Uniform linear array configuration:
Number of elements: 8
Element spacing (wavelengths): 0.75
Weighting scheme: binomial
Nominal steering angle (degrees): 45
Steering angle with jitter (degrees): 46.24
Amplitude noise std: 0.05
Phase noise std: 0.05

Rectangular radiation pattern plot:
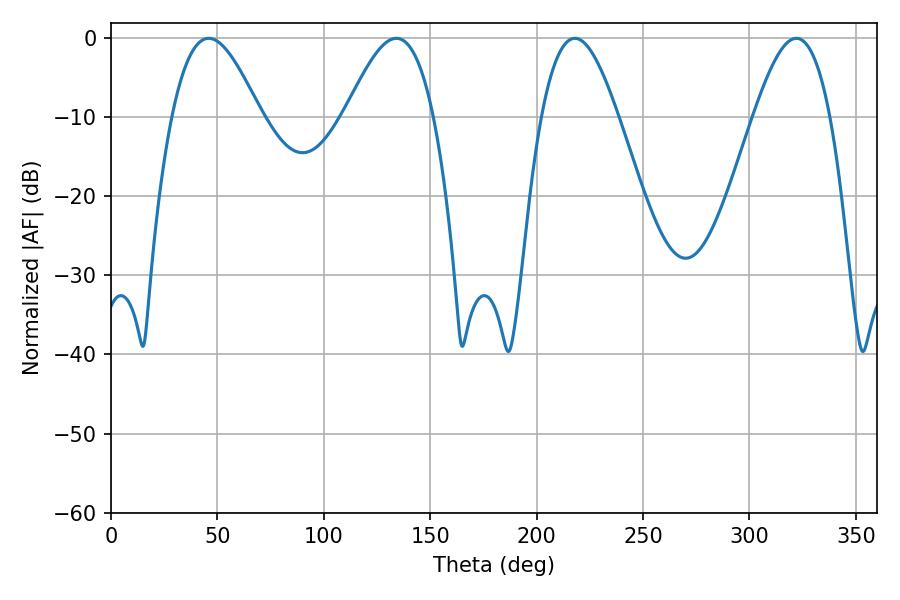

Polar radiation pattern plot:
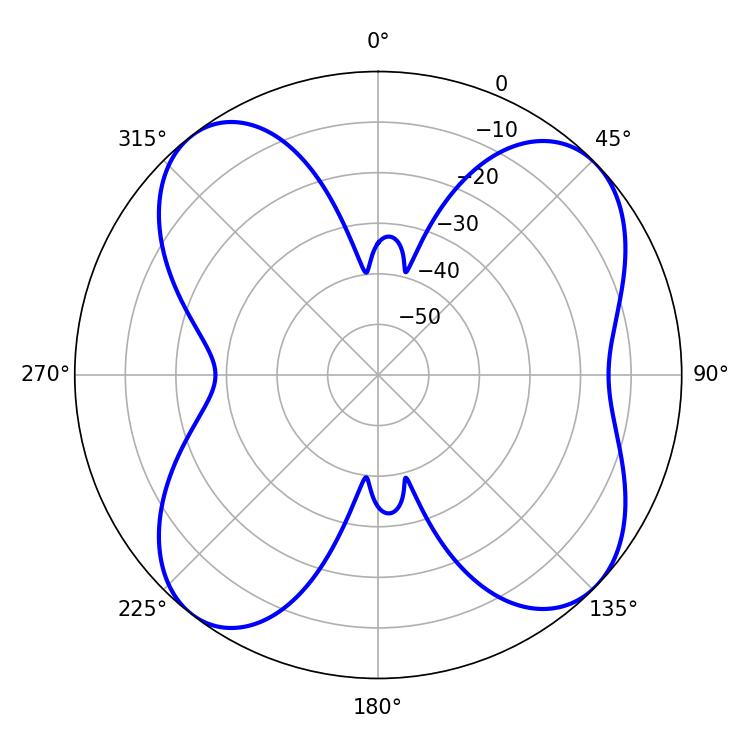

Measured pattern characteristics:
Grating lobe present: TRUE
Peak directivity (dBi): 10.428
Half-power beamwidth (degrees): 22.5
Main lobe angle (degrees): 45.9